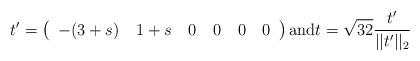
LaTeX: \begin{align*}t' = \left(\begin{tabular}{cccccc}$-(3+s)$ &$1+s$ & 0 &0 &0 &0\end{tabular}\right)\textrm{and}t = \sqrt{32} \frac{t'}{||t'||_2}\end{align*}